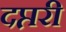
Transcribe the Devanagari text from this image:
दप्तरी